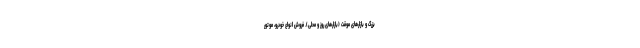
بزرگ و بازارهای موقت (بازارهای روز و محلی). فروش انواع خودرو، موتور